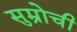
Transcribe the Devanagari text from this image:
सुम्रोची